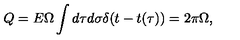
Q = E \Omega \int d \tau d \sigma \delta ( t - t ( \tau ) ) = 2 \pi \Omega ,